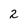
Character: 2